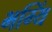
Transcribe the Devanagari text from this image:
भग्यिं